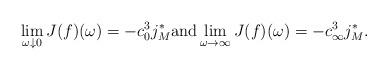
LaTeX: \begin{align*} \lim_{\omega \downarrow 0} J(f)(\omega)= - c_0^{3}j_M^* \mbox{and} \lim_{\omega \rightarrow \infty} J(f)(\omega)= - c_\infty^{3} j_M^*. \end{align*}